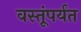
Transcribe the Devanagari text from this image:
वस्तूंपर्यंत